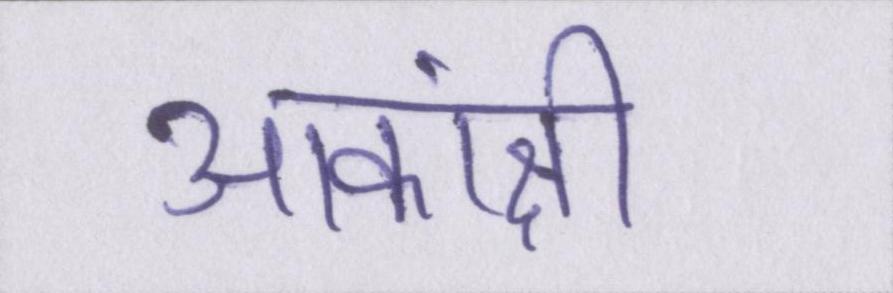
आकांक्षी